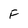
Character: F